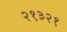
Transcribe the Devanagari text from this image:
२१३२१